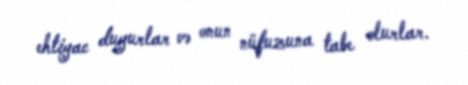
ehtiyac duyurlar və onun nüfuzuna tabe olurlar.